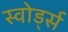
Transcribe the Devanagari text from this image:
स्वोर्ड्स